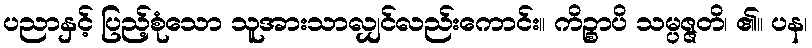
ပညာနှင့် ပြည့်စုံသော သူအားသာလျှင်လည်းကောင်း။ ကိဉ္စာပိ သမ္ပဇ္ဇတိ၊ ၏။ ပန၊